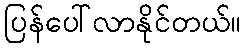
ပြန်ပေါ်လာနိုင်တယ်။